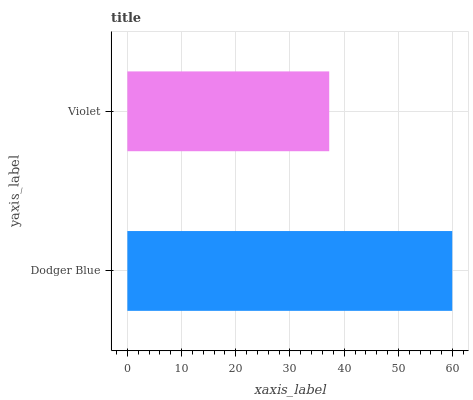
| yaxis_label | bars |
 | --- | --- |
 | Dodger Blue | 59.9 |
 | Violet | 37.2 |